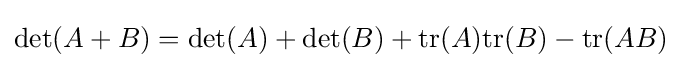
\det(A+B)=\det(A)+\det(B)+{\text{tr}}(A){\text{tr}}(B)-{\text{tr}}(AB)